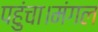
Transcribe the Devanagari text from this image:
पहुंचा।मंगल